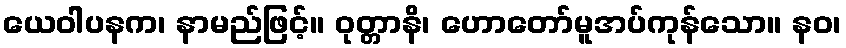
ယေဝါပနက၊ နာမည်ဖြင့်။ ဝုတ္တာနိ၊ ဟောတော်မူအပ်ကုန်သော။ နဝ၊